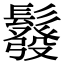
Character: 𩯌